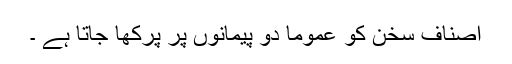
ا٘صنافِ سخن کو عموما دو پیمانوں پر پرکھا جاتا ہے ۔